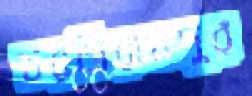
চরসিরামপুর